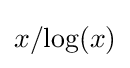
x/{\text{log}}(x)